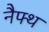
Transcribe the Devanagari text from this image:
नैफ्थ